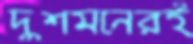
দুশমনেরই